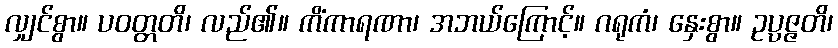
လျှင်စွာ။ ပဝတ္တတိ၊ လည်၏။ ကိံကာရဏာ၊ အဘယ်ကြောင့်။ ဂရုကံ၊ နှေးစွာ။ ဥပ္ပဇ္ဇတိ၊